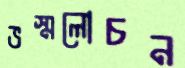
ভস্মলোচন